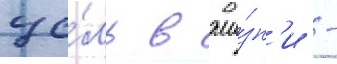
це́ль в жи́зн'и -